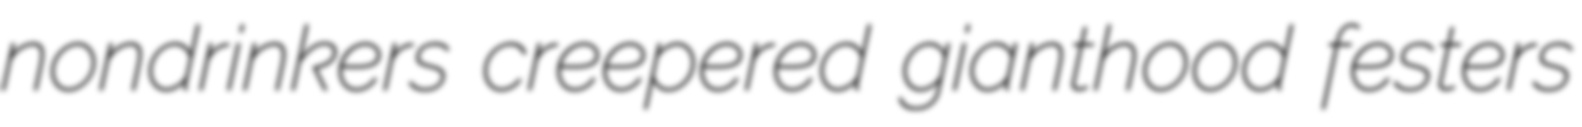
nondrinkers creepered gianthood festers